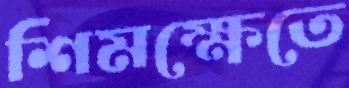
শিমক্ষেতে